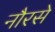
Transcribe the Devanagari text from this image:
नौरसे